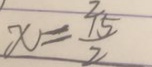
x = \frac { 7 5 } { 2 }